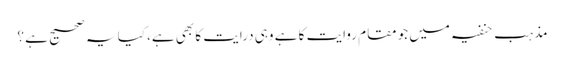
مذہب حنفیہ میں جو مقام روایت کا ہے وہی درایت کا بھی ہے، کیا یہ صحیح ہے ؟